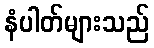
နံပါတ်များသည်